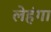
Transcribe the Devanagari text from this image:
लेहंगा